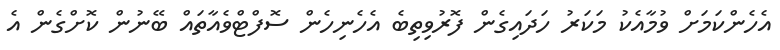
އެހެންކަމަށް ވުމާއެކު މަކަރު ހަދައިގެން ފޮރުވިތިބެ އެހެނިހެން ސޮފްޓްވެއާތައް ބޭނުން ކޮށްގެން އެ